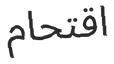
اقتحام